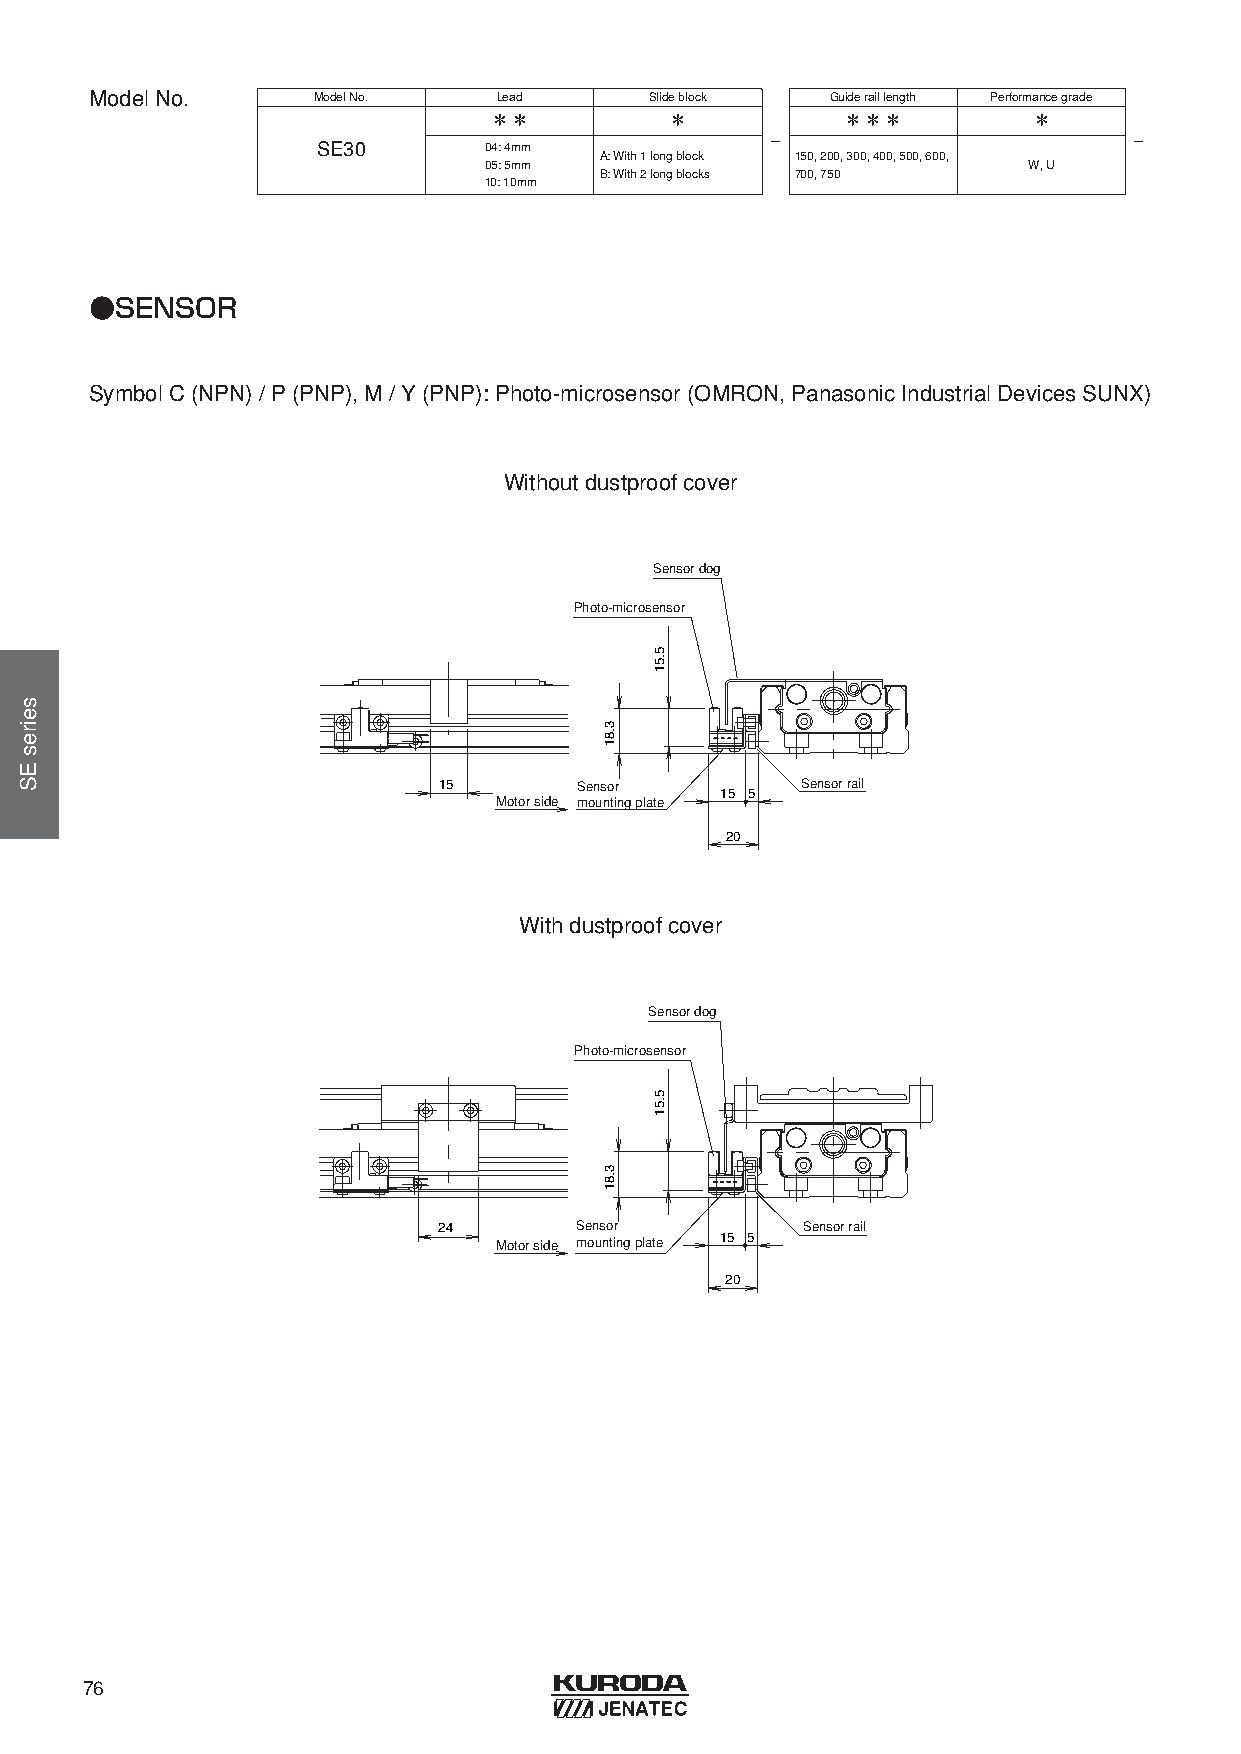
ModelNo.       ModelNo.    Lead      Slideblock  Guideraillength Performancegrade
 ＊＊          ＊           ＊＊＊         ＊
 -                       -
 SE30       04: 4mm
 A: With1 longblock 150, 200, 300, 400, 500, 600,
 05: 5mm                             W, U
 B: With2 longblocks 700, 750
 10: 10mm
 ●SENSOR
 SymbolC(NPN) / P(PNP), M/ Y(PNP): Photo-microsensor(OMRON, Panasonic Industrial Devices SUNX)
 Withoutdustproofcover
 Sensor dog
 Photo-microsensor
 15       Sensor         Sensor rail
 15 5
 Motor side mounting plate
 20
 Withdustproofcover
 Sensor dog
 Photo-microsensor
 24       Sensor         Sensor rail
 Motor side mounting plate 15 5
 20
 76
 seiresES
 3.81
 3.81
 5.51
 5.51